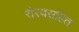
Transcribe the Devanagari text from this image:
रौरवसहित